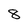
Character: 8